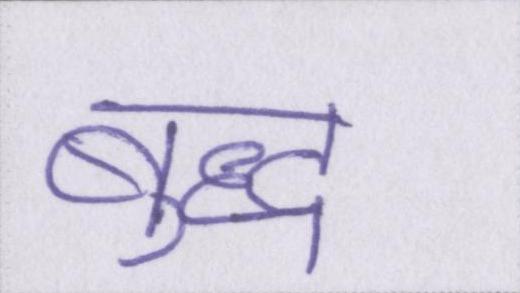
बुद्ध